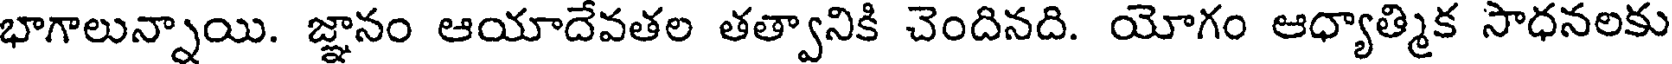
భాగాలున్నాయి. జ్ఞానం ఆయాదేవతల తత్వానికి చెందినది. యోగం ఆధ్యాత్మిక సాధనలకు